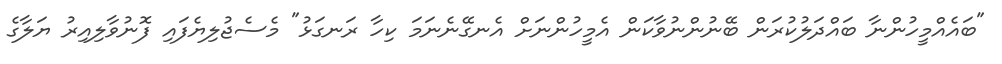
"ބައެއްމީހުންނާ ބައްދަލުކުރަން ބޭނުންނުވާކަން އެމީހުންނަށް އެނގޭނެނަމަ ކިހާ ރަނގަޅު" މެސެޖުލިޔެފައި ފޮނުވާލިއިރު ޔަލާގެ